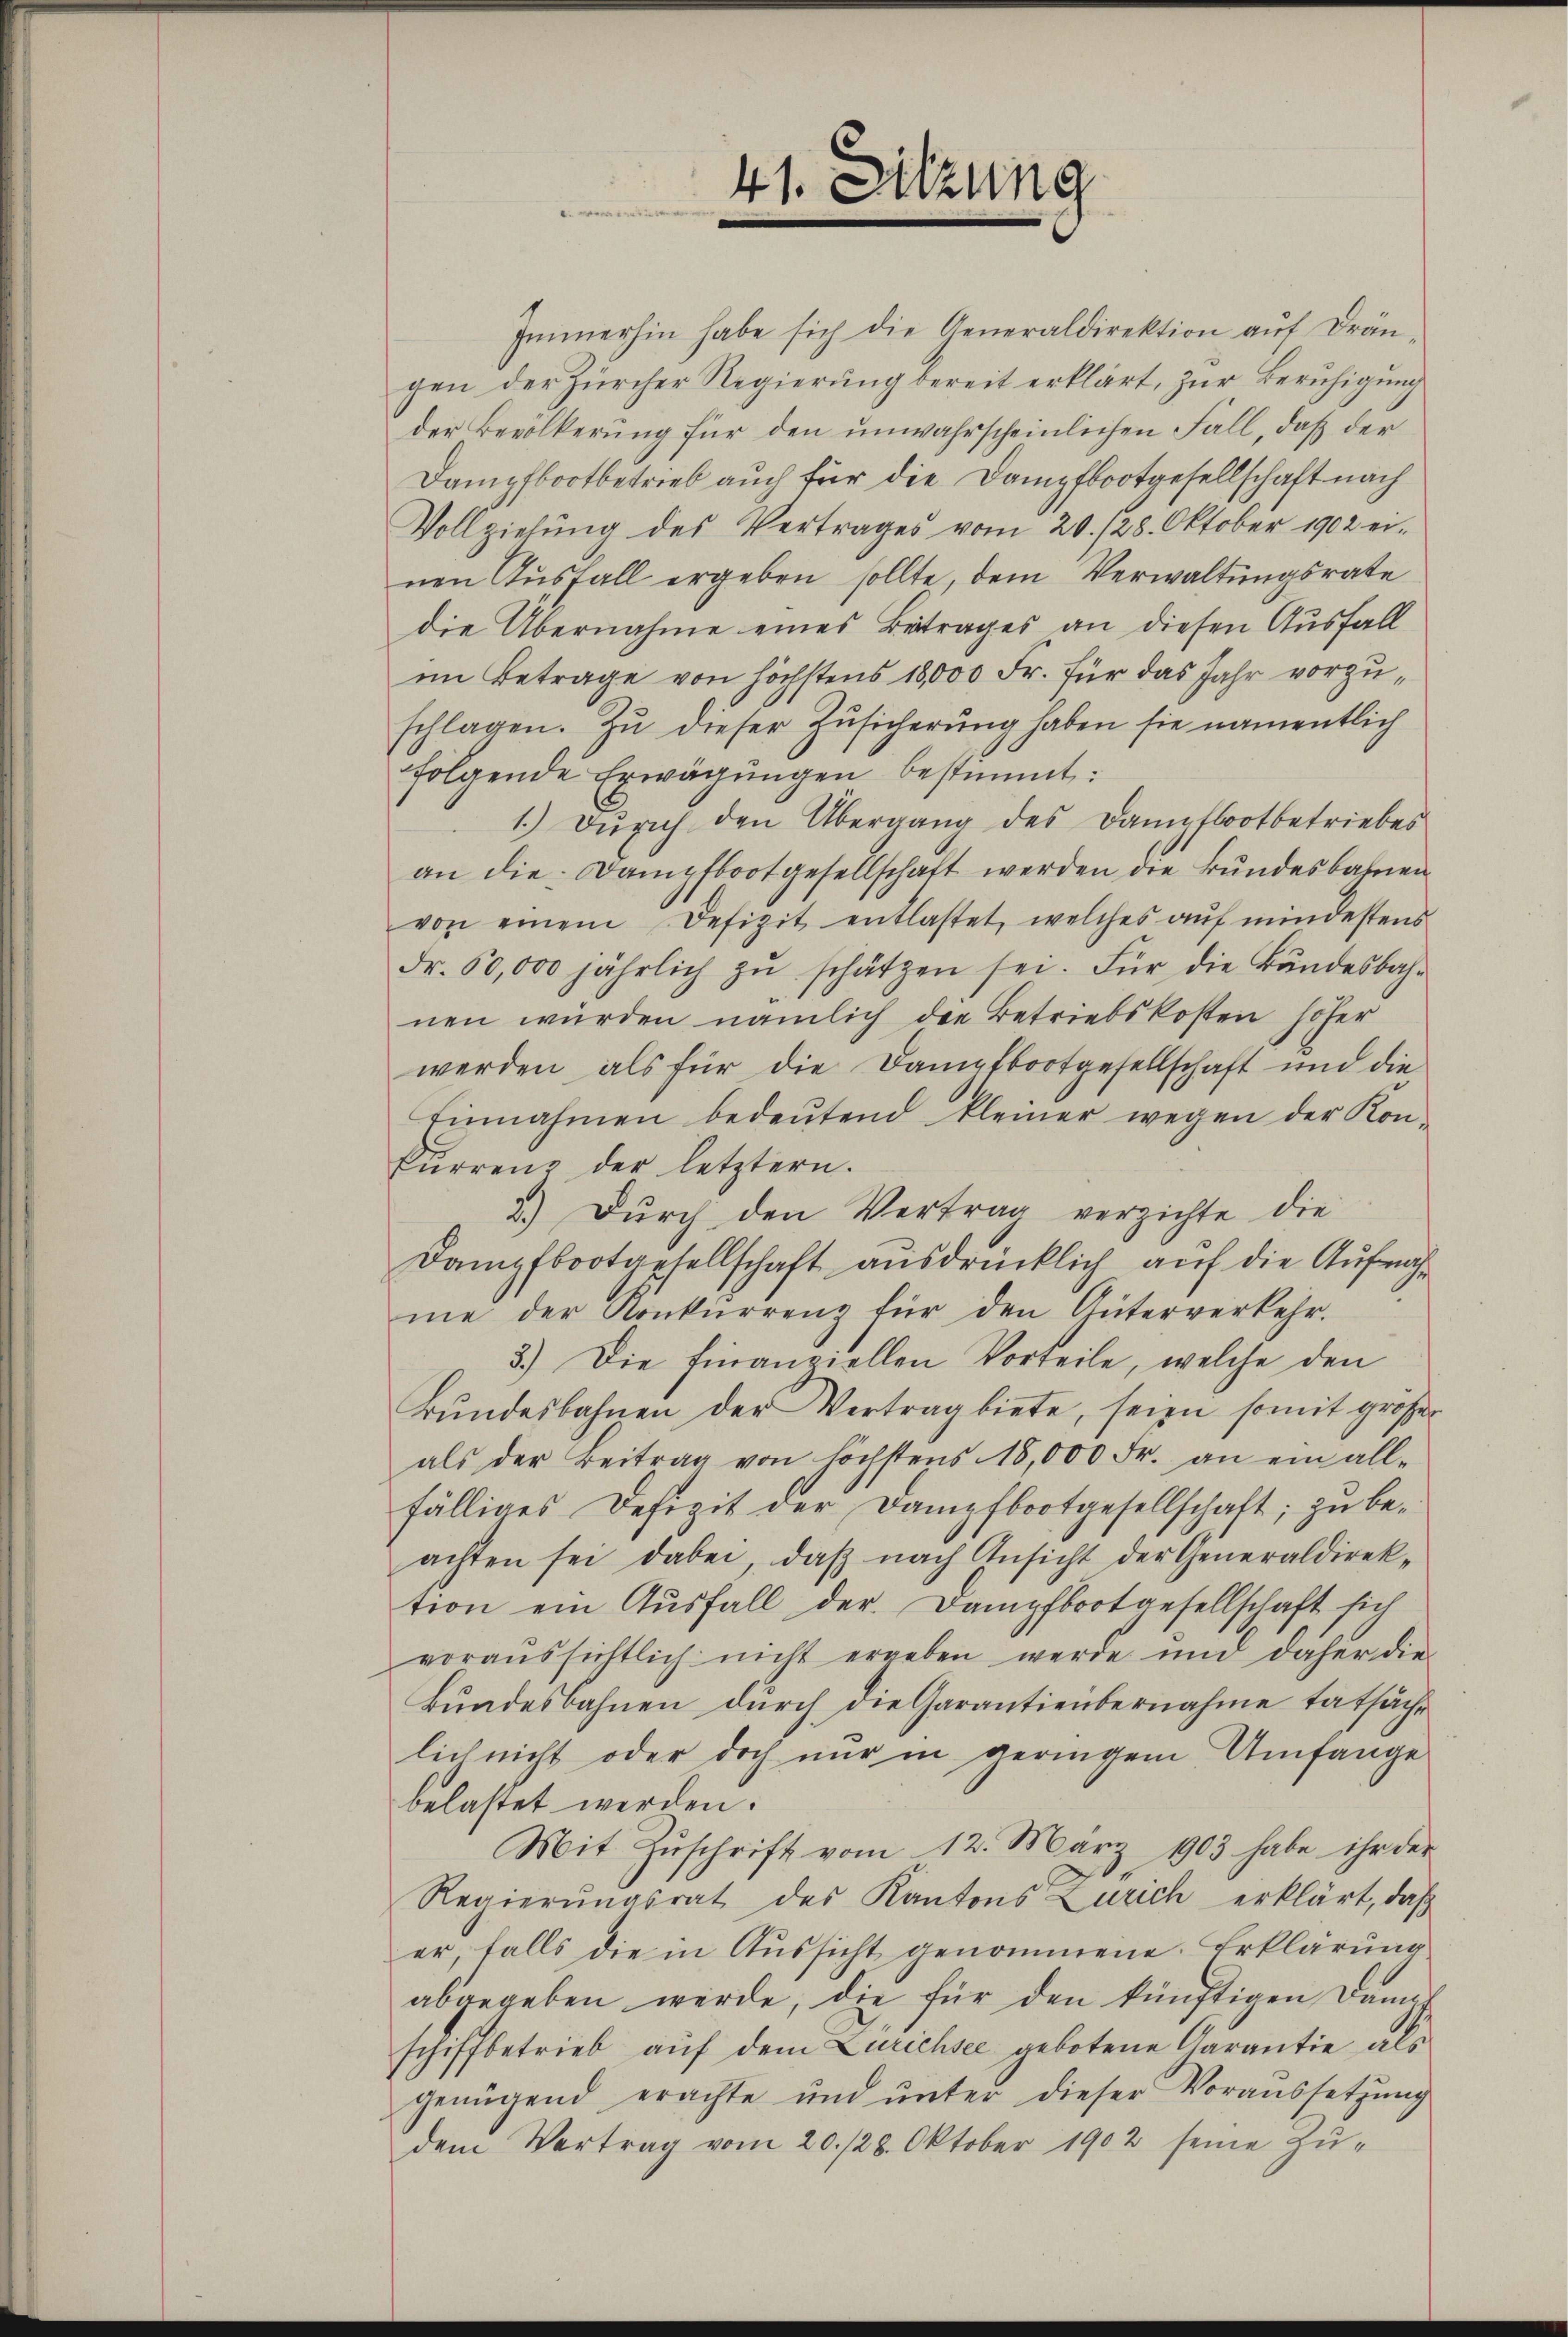
41. Sitzung

Immerhin habe sich die Generaldirektion aŭf Drän-
gen der Zürcher Regierung bereit erklärt, zur Beruhigung
der Bevölkerung für den unwahrscheinlichen Fall, daß der
Dampfbootbetrieb auch für die Dampfbootgesellschaft nach
Vollziehŭng des Vertrages vom 20. 128. Oktober 1902 ei-
nen Aŭsfall ergeben sollte, dem Verwaltungsrate
die Übernahme eines Betrages an diesen Ausfall
im Betrage von höchstens 18,000 Fr. für das Jahr vorzuschlagen. Zu dieser Zusicherung haben sie namentlich
folgende Erwägungen bestimmt:
1.) Dŭrch den Übergang des Dampfbootbetriebes
an die Dampfboot gesellschaft werden die Bundesbahnen
von einem Defizit entlastet, welches aŭf mindestens
Fr. 50,000 jährlich zŭ schätzen sei. Für die Bandesbahr
nen würden nämlich die Betriebskosten höher
werden, als für die Dampfbootgesellschaft und die
Einnahmen bedeŭtend kleiner wegen der Kon-
Furrenz der letztern.
2.) Durch den Vertrag verzichte die
Dampfbootgesellschaft ausdrücklich auf die Aufnahme der Konkurrenz für den Güterverkehr.
3.) Die Finanziellen Vorteile, welche den
Bŭndesbahnen der Vertrag biete, seien somit große
als der Beitrag von höchstens 18,000 Fr. an ein all-
fälliges Defizit der Dampfbootgesellschaft; zu beachten sei dabei, daβ nach Ansicht der Generaldirek-
tion ein Ausfall der Dampfbootgesellschaft sich
voraŭssichtlich nicht ergeben werde und daher die
Bundesbahnen durch die Garantienbernahme tatsächlich nicht oder doch nur in geringem Umfange
belastet werden.
Mit Zŭschrift vom 12. März 1903 habe ihr der
Regierŭngsrat des Kantons Zürich erklärt, daß
er, falls die in Aussicht genommene Erklärung
abgegeben werde, die für den künftigen Dampf
schiffbetrieb aŭf dem Zurichsee gebotene Garantie als
genügend erachte ŭnd ŭnter dieser Voraussetzŭng
dem Vertrag vom 20./28. Oktober 1902 seine Zŭ-